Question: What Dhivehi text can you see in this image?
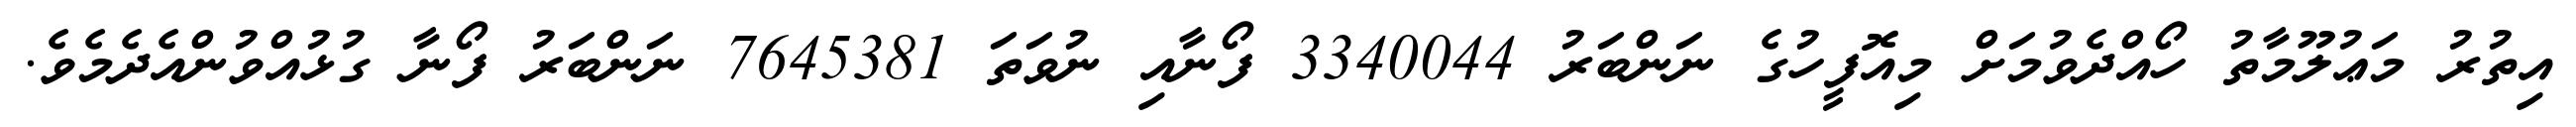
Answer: އިތުރު މަޢުލޫމާތު ހޯއްދެވުމަށް މިއޮފީހުގެ ނަންބަރު 3340044 ފޯނާއި ނުވަތަ 7645381 ނަންބަރު ފޯނާ ގުޅުއްވުންއެދެމެވެ.